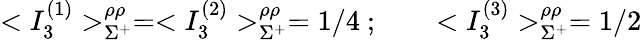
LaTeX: <{I}_{3}^{(1)}>_{\Sigma^{+}}^{\rho\rho}=<{I}_{3}^{(2)}>_{\Sigma^{+}}^{\rho\rho}=1/4\ ;\qquad<{I}_{3}^{(3)}>_{\Sigma^{+}}^{\rho\rho}=1/2